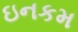
ઇનકમ